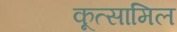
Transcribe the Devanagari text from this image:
कूत्सामिल